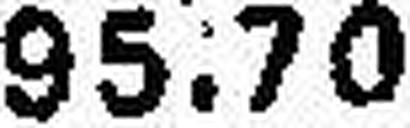
95.70